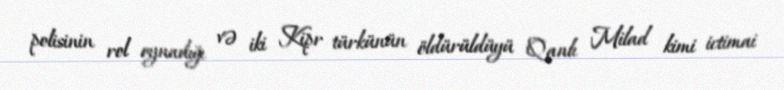
polisinin rol oynadığı və iki Kipr türkünün öldürüldüyü Qanlı Milad kimi ictimai